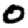
Digit: 0